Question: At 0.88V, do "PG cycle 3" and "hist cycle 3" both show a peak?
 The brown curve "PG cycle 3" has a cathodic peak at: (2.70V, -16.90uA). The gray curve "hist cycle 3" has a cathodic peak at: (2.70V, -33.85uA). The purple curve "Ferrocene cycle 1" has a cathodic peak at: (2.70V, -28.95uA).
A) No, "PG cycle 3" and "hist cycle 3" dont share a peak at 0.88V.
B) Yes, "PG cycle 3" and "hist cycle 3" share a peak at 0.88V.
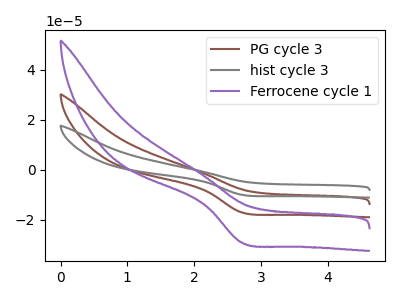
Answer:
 <answer>A) No, "PG cycle 3" and "hist cycle 3" dont share a peak at 0.88V.</answer>
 <eval>A</eval>